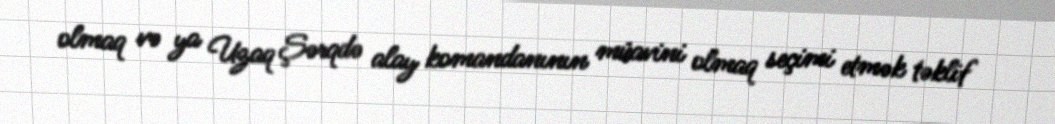
olmaq və ya Uzaq Şərqdə alay komandanının müavini olmaq seçimi etmək təklif